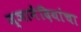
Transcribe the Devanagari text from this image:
ज्ञानेंदियांचा